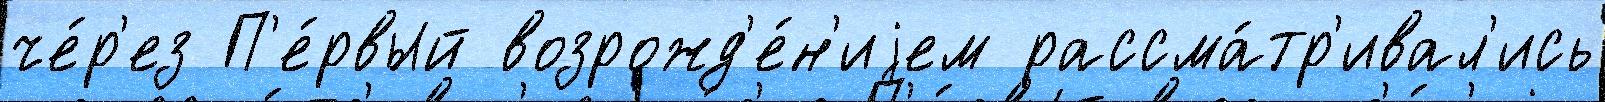
че́р'ез П'е́рвый возрожд'е́н'иjем рассма́тр'ивал'ись